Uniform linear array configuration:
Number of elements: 32
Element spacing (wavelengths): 1
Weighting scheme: exponential
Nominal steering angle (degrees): -15
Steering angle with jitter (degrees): -16.245
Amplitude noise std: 0.05
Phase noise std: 0.05

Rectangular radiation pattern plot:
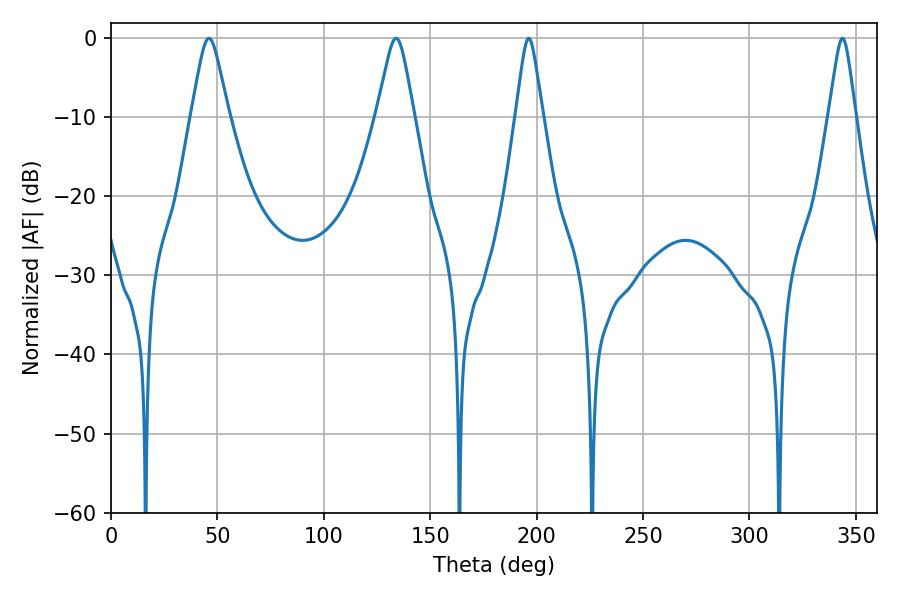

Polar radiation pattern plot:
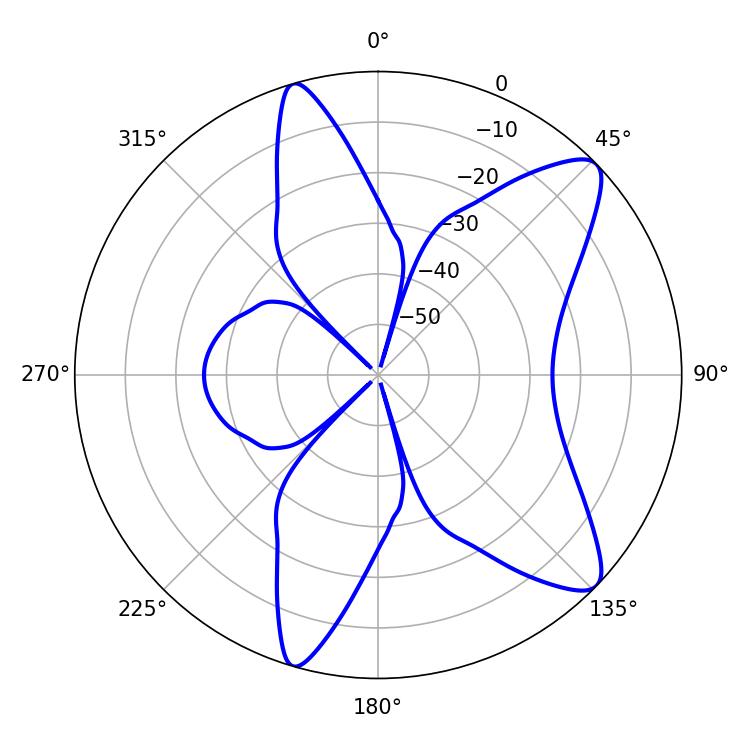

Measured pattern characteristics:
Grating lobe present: TRUE
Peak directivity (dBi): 10.312
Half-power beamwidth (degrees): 8.28
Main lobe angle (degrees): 46.08